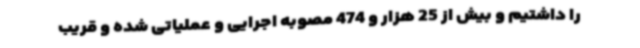
را داشتیم و بیش از 25 هزار و 474 مصوبه اجرایی و عملیاتی شده و قریب